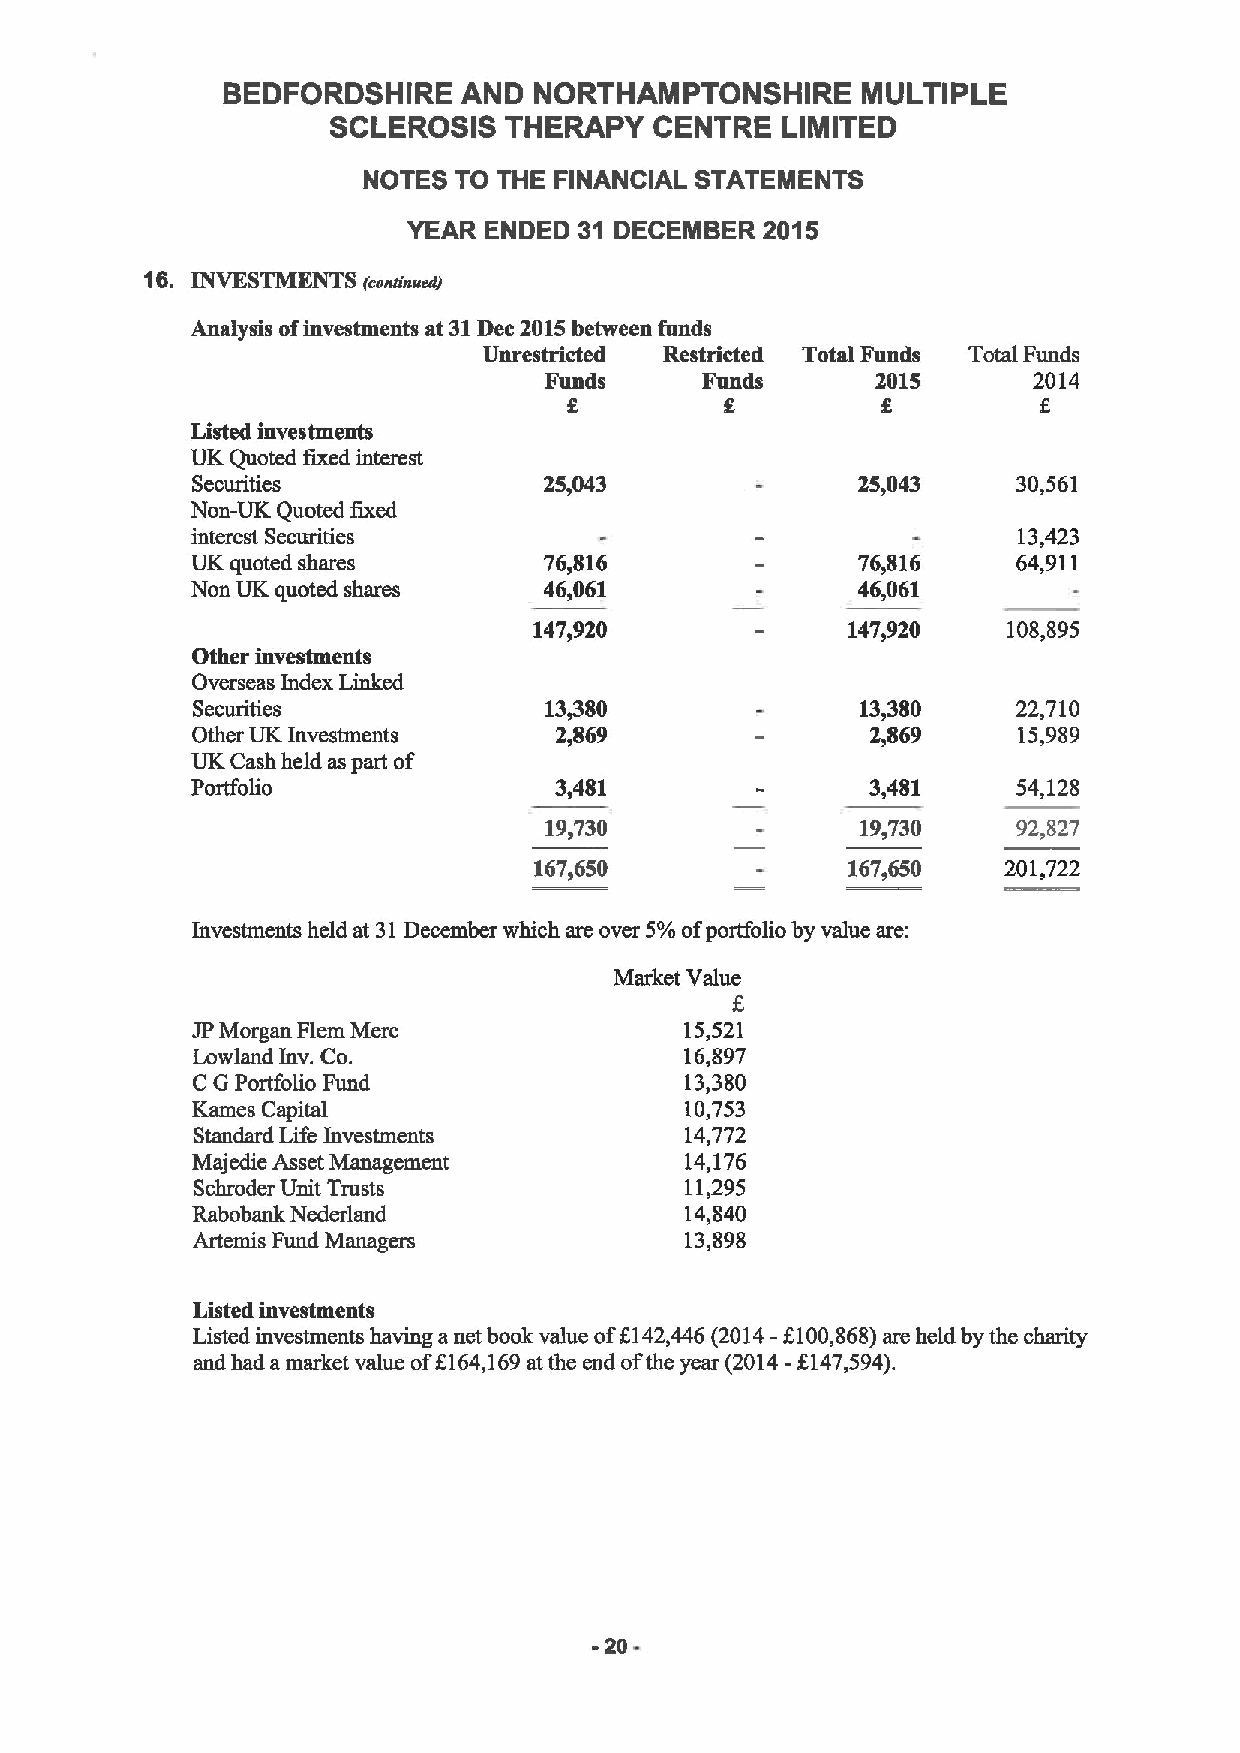
BEDFORDSHIRE    AND NORTHAMPTONSHIRE      MULTIPLE
 SCLEROSIS  THERAPY   CENTRE   LIMITED
 NOTES TO THE FINANCIAL STATEMENTS
 YEAR ENDED 31 DECEMBER 2015
 16. INVESTMENTS (@onuses)
 Analysis ofinvestments at 31Dec 2015between funds
 Unrestricted Restricted Total Funds Total Funds
 Funds     Funds       2015      2014
 8         8         g
 Listed investments
 UK Quoted fixed interest
 Securities             25,043               25,043    30,561
 Non-UK Quoted fixed
 interest Securities                                   13,423
 UK quoted shares       76,816               76,816    64,911
 Non UK quoted shares   46,061               46,061
 147,920              147,920    108,895
 Other investments
 Overseas Index Linked
 Securities             13480                13,380    22,710
 Other UK Investments    2,869                2,869    15,989
 UK Cash held as part of
 Portfolio               3,481                3,481    54,128
 19,730               19,730    92,827
 167,650              167,650   201,722
 Investments held at 31December which are over 5%ofportfolio by value are:
 Market Value
 f,
 JPMorgan Flem Merc              15,521
 Lowland Inv. Co.                16,897
 C GPortfolio Fund               13,380
 Kames Capiud                    10,753
 Standard Life Investments       14,772
 Majedie Asset Management        14,176
 Schroder Unit Trusts            11,295
 Rabobank Nederland              14,840
 Artemis Fund Managers           13,898
 Listed investments
 Listed investments having anet book value off.142,446 (2014-5100,868)are held by the charity
 and had a market value off164,169atthe end ofthe year (2014-5147,594).
 -20
 ~